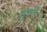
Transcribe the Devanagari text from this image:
सुरची